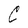
Character: C